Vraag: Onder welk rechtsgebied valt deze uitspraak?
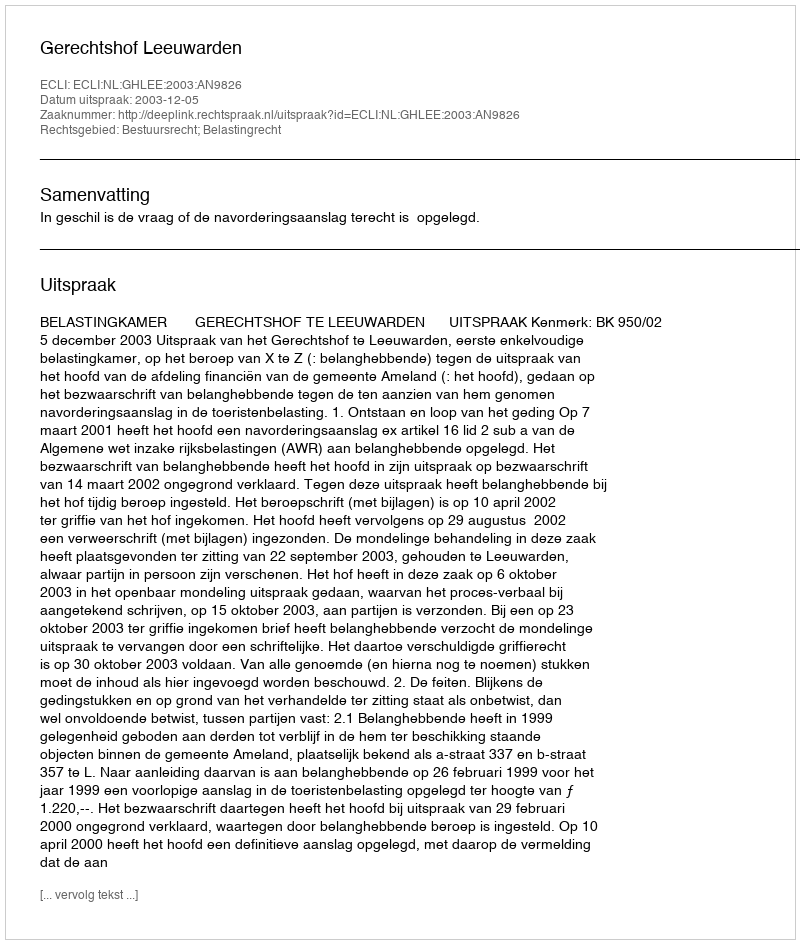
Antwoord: Bestuursrecht; Belastingrecht